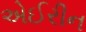
એઈરીન